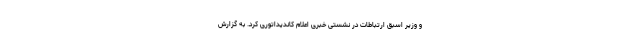
و وزیر اسبق ارتباطات در نشستی خبری اعلام کاندیداتوری کرد. به گزارش